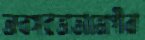
অবসরভাতাভোগীরা